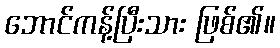
ဘောင်ကန့်ပြီးသား ဖြစ်၏။